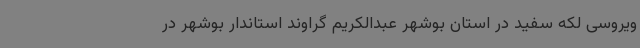
ویروسی لکه سفید در استان بوشهر عبدالکریم گراوند استاندار بوشهر در